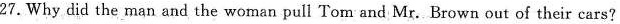
27. Why did the man and the woman pull Tom and Mr. Brown out of their cars?